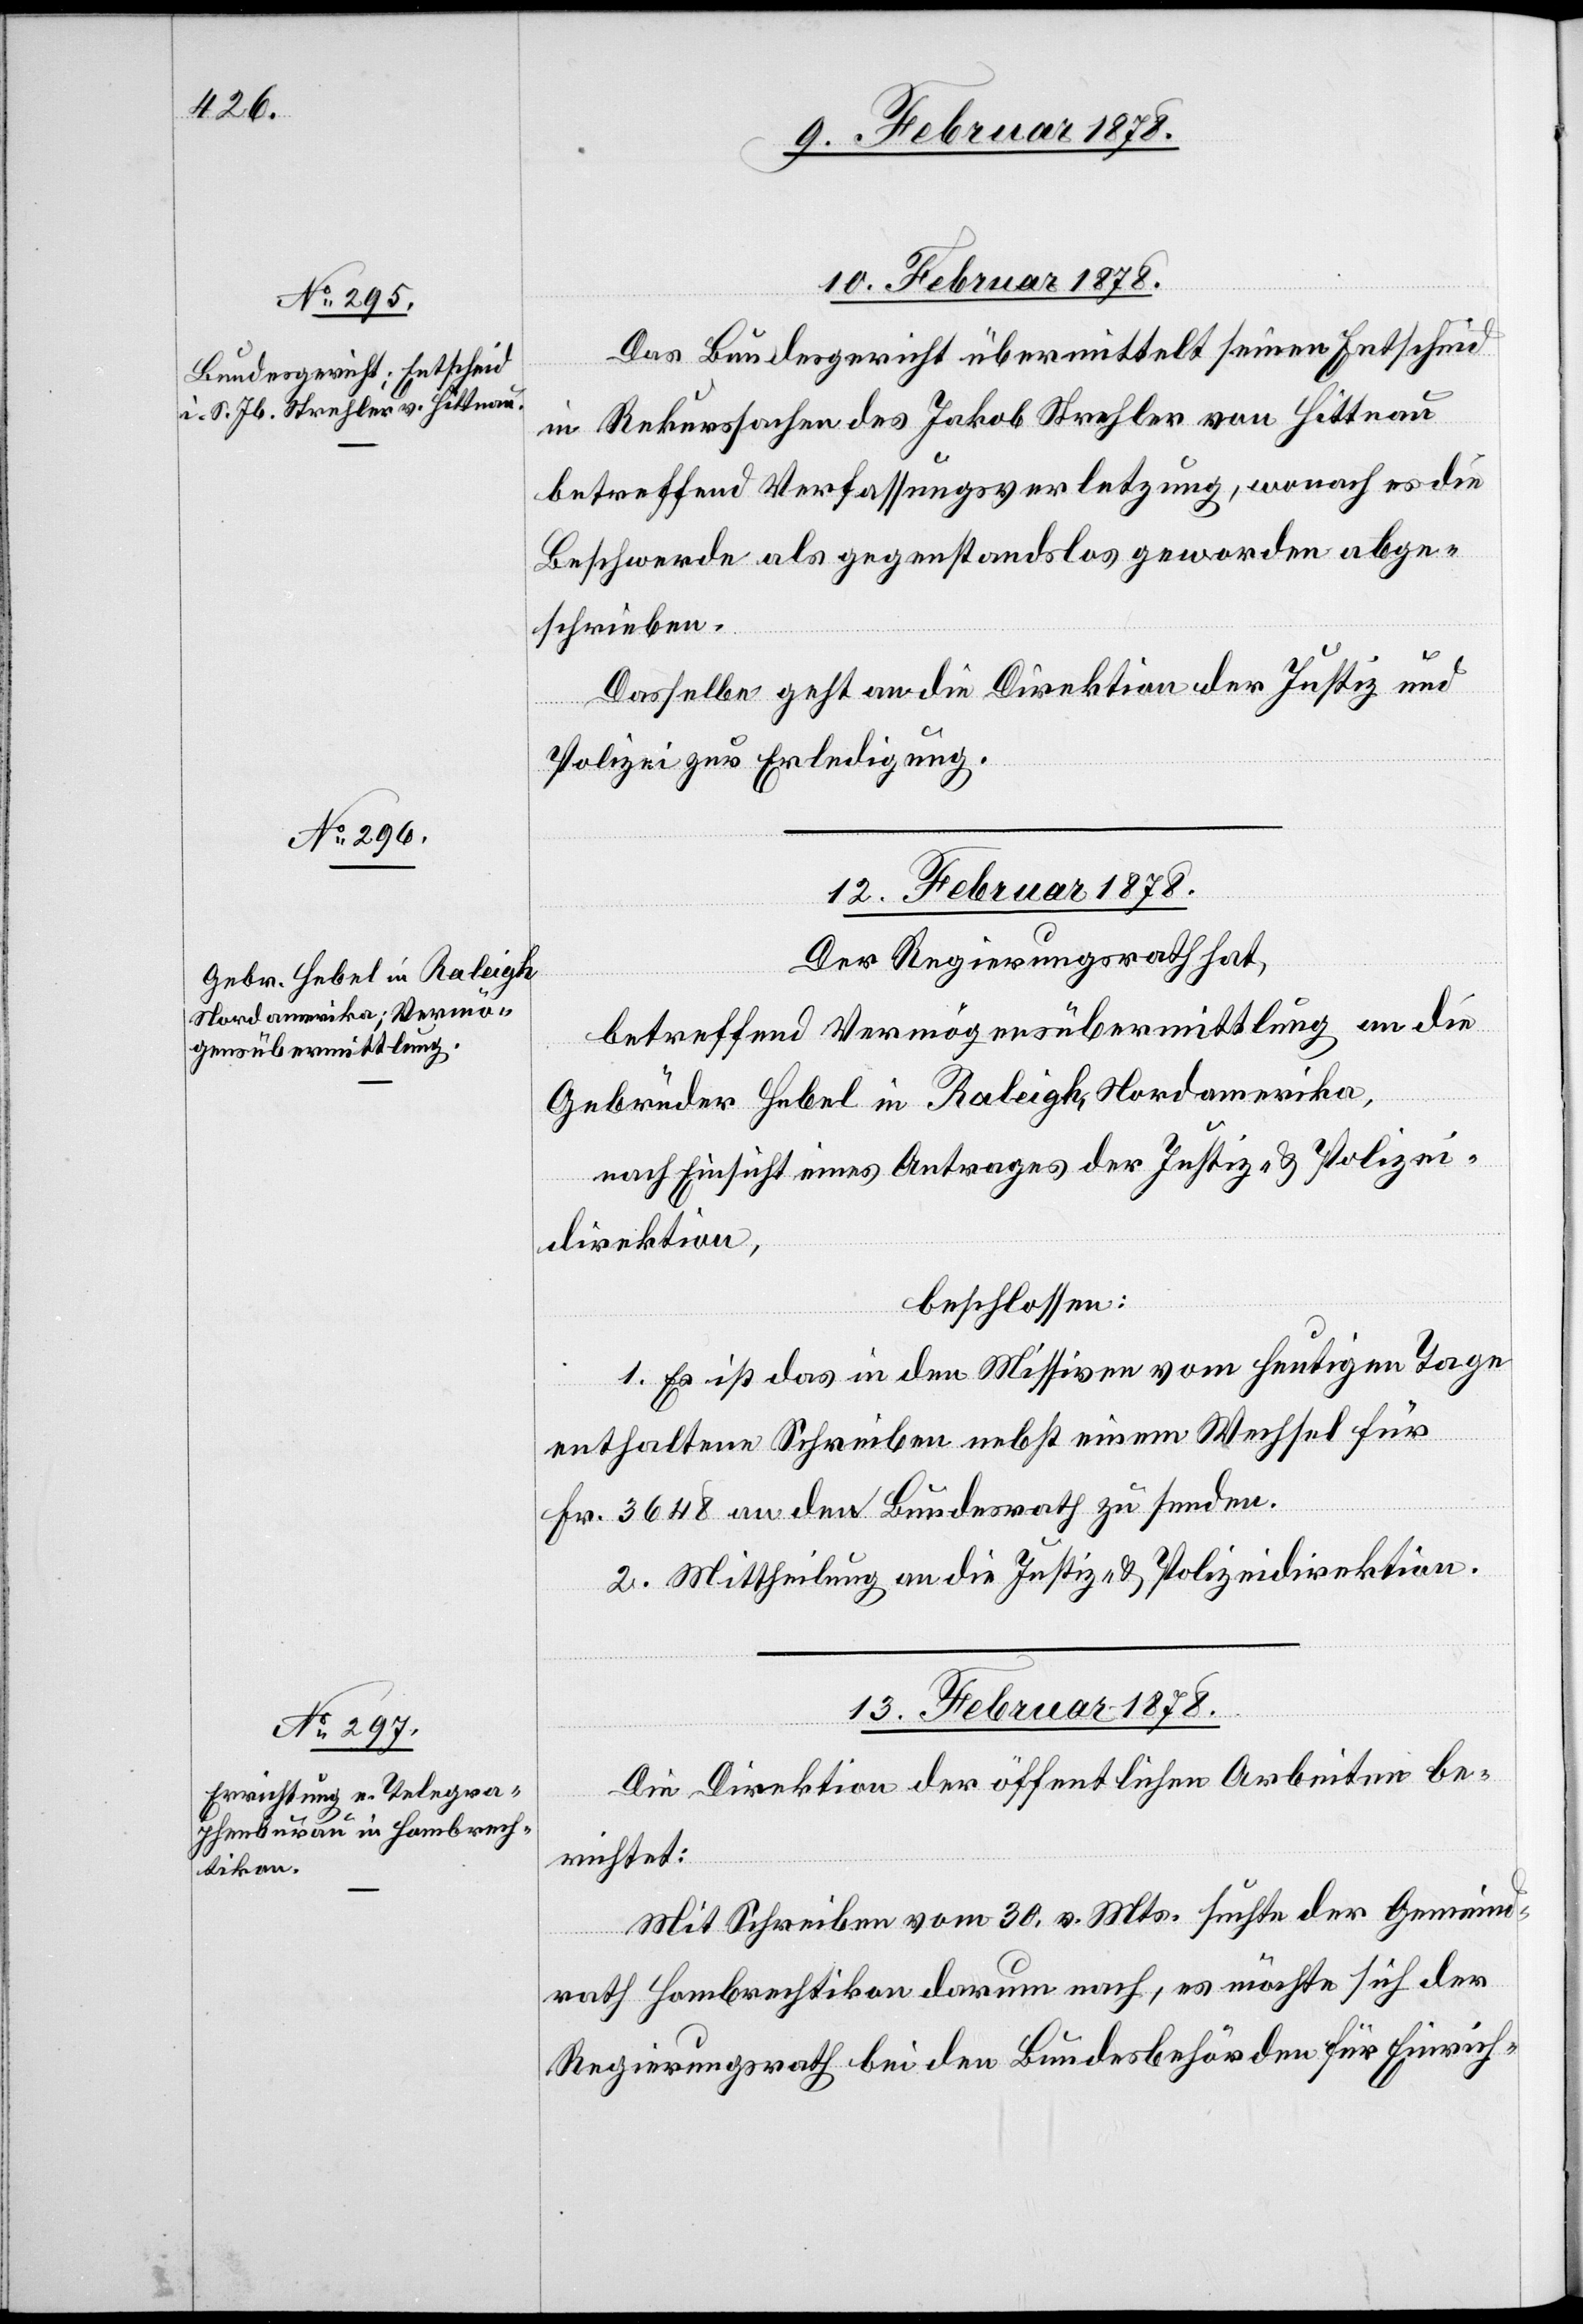
10. Februar 1878.
Das Bundesgericht übermittelt seinen Entscheid
in Rekurssachen des Jakob Strehler von Hittnau
betreffend Verfassungsverletzung, wonach es die
Beschwerde als gegenstandslos geworden abge¬
schrieben.
Dasselbe geht an die Direktion der Justiz und
Polizei zur Erledigung.
12. Februar 1878.
Der Regierungsrath hat,
betreffend Vermögensübermittlung an die
Gebrüder Hebel in Raleigh, Nordamerika,
nach Einsicht eines Antrages der Justiz- & Polizei¬
direktion,
beschlossen:
1. Es ist das in den Missiven vom heutigen Tage
enthaltene Schreiben nebst einem Wechsel für
Fr. 3648 an den Bundesrath zu senden.
2. Mittheilung an die Justiz- & Polizeidirektion.
13. Februar 1878.
Die Direktion der öffentlichen Arbeiten be¬
richtet:
Mit Schreiben vom 30. v. Mts. suchte der Gemeind¬
rath Hombrechtikon darum nach, es möchte sich der
Regierungsrath bei den Bundesbehörden für Einrich-